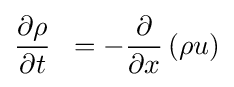
{\frac {\partial \rho }{\partial t}}\;\;=-{\frac {\partial }{\partial x}}\left(\rho u\right)